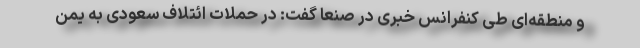
و منطقه‌ای طی کنفرانس خبری در صنعا گفت: در حملات ائتلاف سعودی به یمن